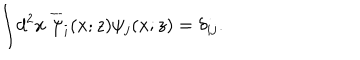
\int \! d ^ { 2 } x \; \overline { { { \psi } } } _ { i } ( x ; z ) \psi _ { j } ( x ; z ) = \delta _ { i j } .